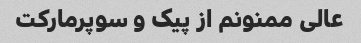
عالی ممنونم از پیک و سوپرمارکت